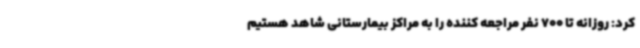
کرد: روزانه تا 700 نفر مراجعه کننده را به مراکز بیمارستانی شاهد هستیم